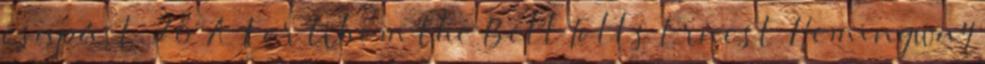
csapást. 28 A For Whom the Bell Tolls Ernest Hemingway